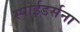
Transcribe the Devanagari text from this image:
स्पाईडर्सना